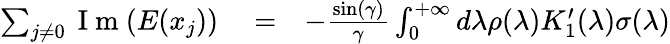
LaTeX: \begin{array}{rlr}{\sum_{j\neq 0}\mathrm{~I~m~}(E(x_{j}))}&{{}=}&{-\frac{\sin(\gamma)}{\gamma}\int_{0}^{+\infty}d\lambda\rho(\lambda)K_{1}^{\prime}(\lambda)\sigma(\lambda)}\end{array}